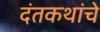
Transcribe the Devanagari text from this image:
दंतकथांचे